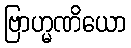
ဗြာဟ္မဏိယော